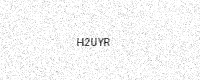
Text: H2UYR